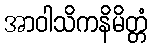
အာဝါသိကနိမိတ္တံ